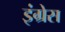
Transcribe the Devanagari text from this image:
इंग्रेस